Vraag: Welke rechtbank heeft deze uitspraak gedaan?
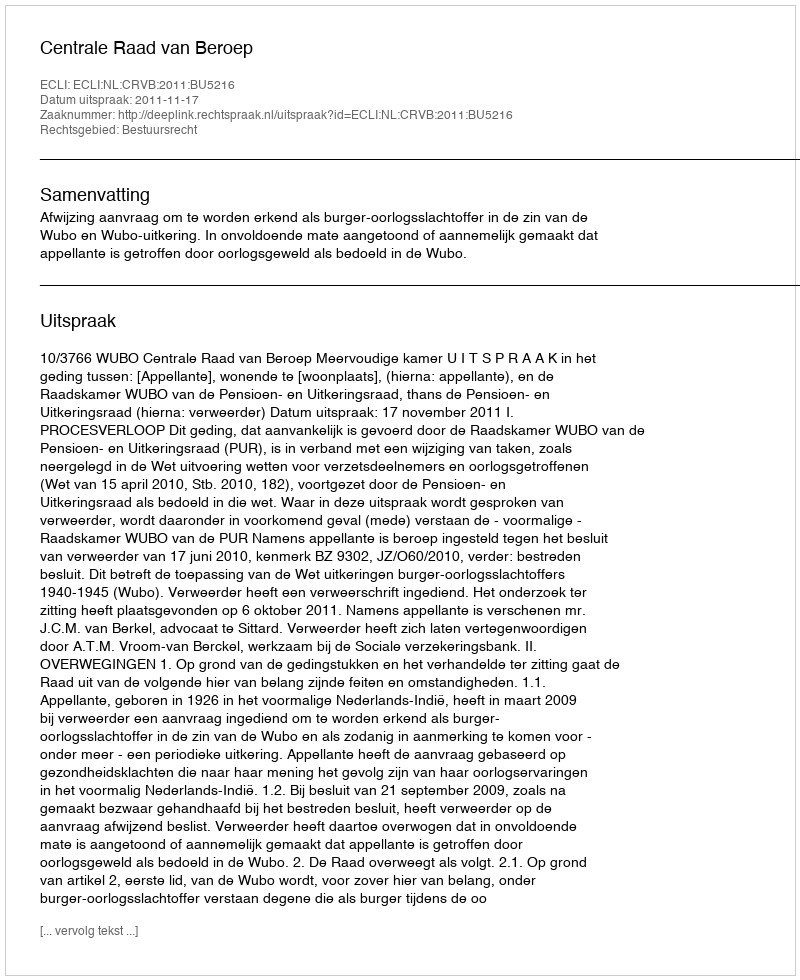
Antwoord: Centrale Raad van Beroep